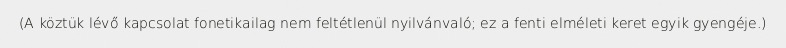
(A köztük lévő kapcsolat fonetikailag nem feltétlenül nyilvánvaló; ez a fenti elméleti keret egyik gyengéje.)